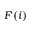
F ( i )